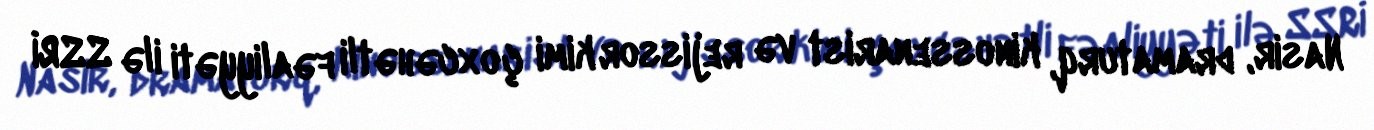
Nasir, dramaturq, kinossenarist və rejissor kimi çoxcəhətli fəaliyyəti ilə SSRİ